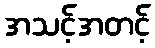
အသင့်အတင့်